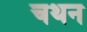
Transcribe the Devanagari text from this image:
चथन